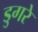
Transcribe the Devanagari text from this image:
डुगरे